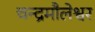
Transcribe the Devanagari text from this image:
चन्द्रमौलेश्वर